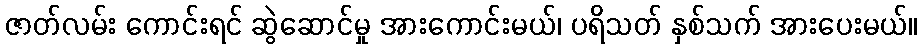
ဇာတ်လမ်း ကောင်းရင် ဆွဲဆောင်မှု အားကောင်းမယ်၊ ပရိသတ် နှစ်သက် အားပေးမယ်။